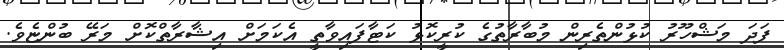
ފަދަ މަޝްހޫރު ކުޅުންތެރިން މުބާރާތުގެ ކުރީކޮޅު ކަޓާފައިވާތީ އެކަމަށް އިޝާރާތްކޮށް މަރޭ ބުންޏެވެ.